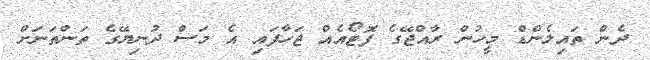
ދެން ތައިލެންޑް މީހުން ރާއްޖޭގެ ފޮޓޯއެއް ޖަހާފައި އެ މަސް ދުނިޔޭގެ ތަންތަނަށް